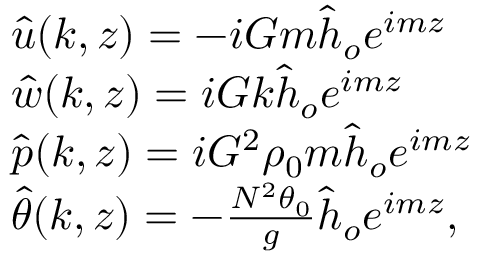
\begin{array} { r l } & { \hat { u } ( k , z ) = - i G m \hat { h } _ { o } e ^ { i m z } } \\ & { \hat { w } ( k , z ) = i G k \hat { h } _ { o } e ^ { i m z } } \\ & { \hat { p } ( k , z ) = i G ^ { 2 } \rho _ { 0 } m \hat { h } _ { o } e ^ { i m z } } \\ & { \hat { \theta } ( k , z ) = - \frac { N ^ { 2 } \theta _ { 0 } } { g } \hat { h } _ { o } e ^ { i m z } , } \end{array}